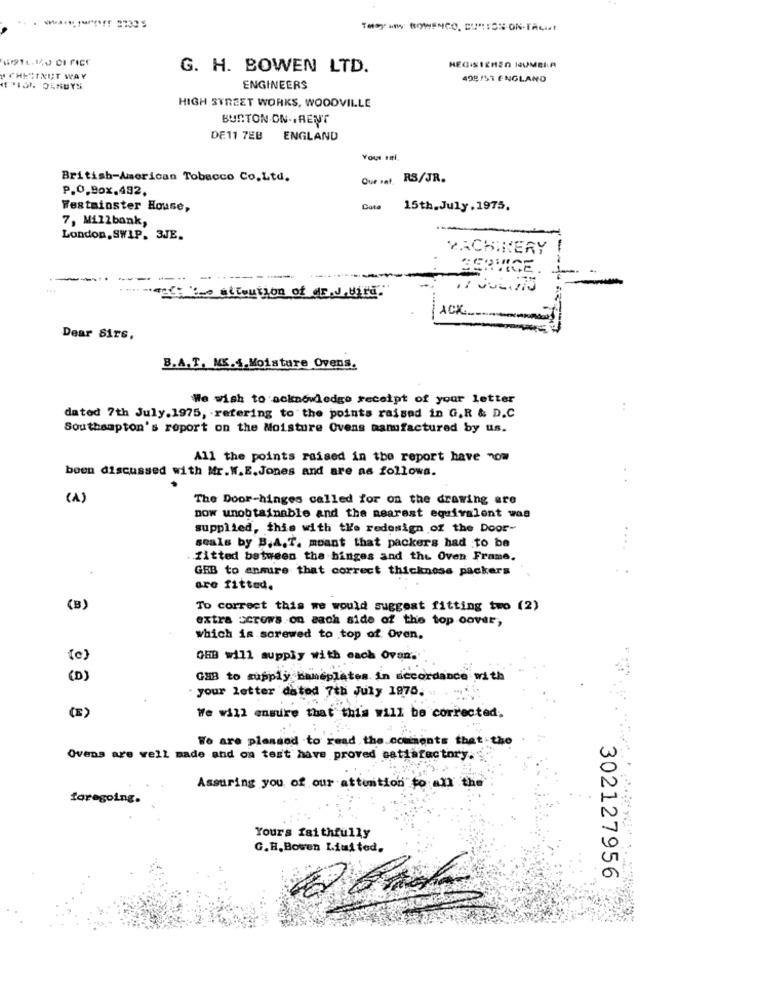
THE IN BOWINCO, CURTOS ON-TAGIT
G. H. BOWEN LTD.
HEGISIEREN HUMBIA
A CHESTNUT WAY
498/51 ENGLAND
ENGINEERS
HIGH STREET WORKS, WOODVILLE
BURTON ON ., RENT
DE11 7EB ENGLAND
Your Fl.
British-American Tobacco Co.Ltd.
Que rat.
RS/JR.
P.O.Box.482.
Westminster House,
Cota
15th.July.1975.
7, Millbank,
London, SWIP. 3JE.
MACHINERY
-
SERVICE
marty tes attoution of dr.J.wird.
ACK.
Dear Sirs.
B.A.T. ME.4.Moisture Ovens.
We wish to acknowledge receipt of your letter
dated 7th July.1975, refering to the points raised in G.R & D.C
Southampton's report on the Moisture Ovens manufactured by us.
All the points raised in the report have now
boen discussed with Mr.W.E.Jones and are as follows.
(A)
The Door-hinges called for on the drawing are
now unobtainable and the nearest equivalent was
supplied, this with the redesign of the Door-
seals by B.A.T. meant that packers had to be
. fitted between the hinges and the Oven Frame,
+
GEB to ensure that correct thickness packers
are fitted.
(B)
To correct this we would suggest fitting two (2)
extra scrows on each side of the top cover,
which is screwed to top of Oven.
[e]
GHB will supply with each Ovan.""
(D)
GHB to supply Baneplates in accordance with
. your letter dated 7th July 1970.
(E)
We will ensure that this will be corrected;
We are pleased to read the comments that the
Ovens are well made and on test have proved satisfactory.
Assuring you of our attention to all the
foregoing.
Yours faithfully
G.H.Bowen Limited.
302127956